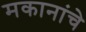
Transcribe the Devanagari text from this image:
मकानांचे